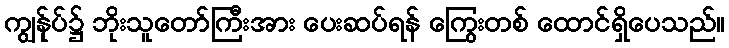
ကျွန်ုပ်၌ ဘိုးသူတော်ကြီးအား ပေးဆပ်ရန် ကြွေးတစ် ထောင်ရှိပေသည်။